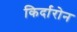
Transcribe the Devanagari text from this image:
किर्दारोन